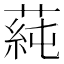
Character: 蒓